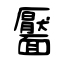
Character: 靨